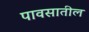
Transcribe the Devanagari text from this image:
पावसातील